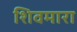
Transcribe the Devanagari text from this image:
शिवमारा